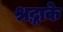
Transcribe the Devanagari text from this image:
श्रद्धाके